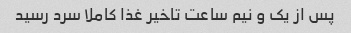
پس از یک و نیم ساعت تاخیر غذا کاملا سرد رسید